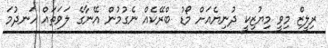
ރިލީޒް މިވީ މިޔުޒިކީ ދުނިޔެއަށް މޯޑު ބްރޭކެއް ނެގުމުން އޭނާގެ ލަވަތައް ހަނދުމަ